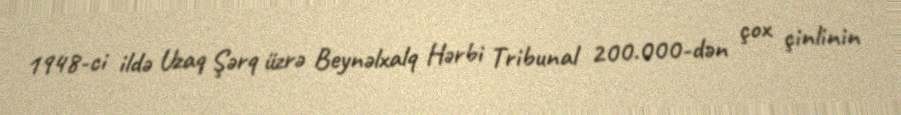
1948-ci ildə Uzaq Şərq üzrə Beynəlxalq Hərbi Tribunal 200.000-dən çox çinlinin